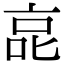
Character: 㖜